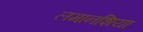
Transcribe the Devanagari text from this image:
लमानशिया